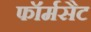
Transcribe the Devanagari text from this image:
फॉर्मसैट